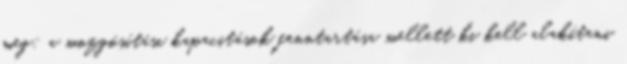
meg: a mozgósítási kapacitások fenntartása mellett ki kell alakítani